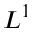
L ^ { 1 }